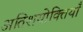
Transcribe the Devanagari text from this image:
अतिशयोक्तियाँ